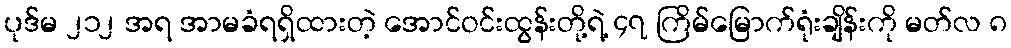
ပုဒ်မ ၂၁၂ အရ အာမခံရရှိထားတဲ့ အောင်ဝင်းထွန်းတို့ရဲ့ ၄၇ ကြိမ်မြောက်ရုံးချိန်းကို မတ်လ ၈